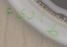
طاريء